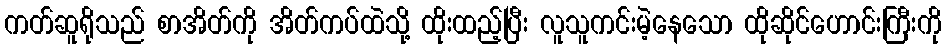
ကတ်ဆူရိုသည် စာအိတ်ကို အိတ်ကပ်ထဲသို့ ထိုးထည့်ပြီး လူသူကင်းမဲ့နေသော ထိုဆိုင်ဟောင်းကြီးကို